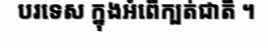
បរទេស ក្នុងអំពើក្បត់ជាតិ ។